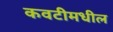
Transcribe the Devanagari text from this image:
कवटीमधील